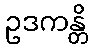
ဥဒကန္တိ